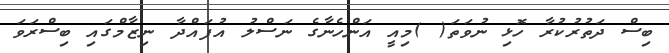
ބިސް ދަތުރުކުރާ ހޮޅި ނުވަތަ( )މިއީ އަންހެނާގެ ނަސްލު އުފައްދާ ނިޒާމްގައި ބިސްރަވަ